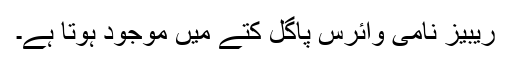
ریبیز نامی وائرس پاگل کتے میں موجود ہوتا ہے۔